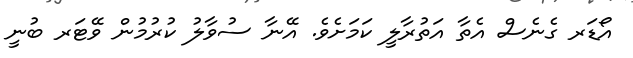
އޯޑަރ ގެނެސް އެތާ އަތުރާލީ ކަމަށެވެ. އޭނާ ސުވާލު ކުރުމުން ވޭޓަރ ބުނީ